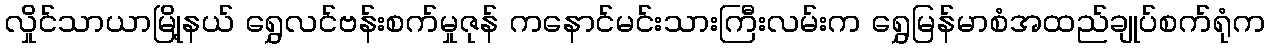
လှိုင်သာယာမြို့နယ် ရွှေလင်ဗန်းစက်မှုဇုန် ကနောင်မင်းသားကြီးလမ်းက ရွှေမြန်မာစံအထည်ချုပ်စက်ရုံက